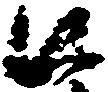
口